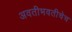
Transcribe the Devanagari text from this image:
अवतीभवतीचेच